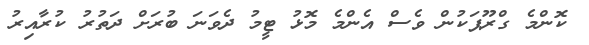
ކޮންމެ ގްރޫޕަކުން ވެސް އެންމެ މޮޅު ޓީމު ދެވަނަ ބުރަށް ދަތުރު ކުރާއިރު